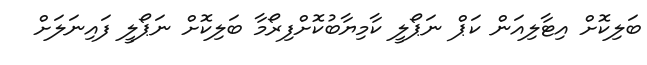
ބަލިކޮށް އިޓާލިއަން ކަޕް ނަޕޯލީ ކާމިޔާބުކޮށްފިރޯމާ ބަލިކޮށް ނަޕޯލީ ފައިނަލަށް